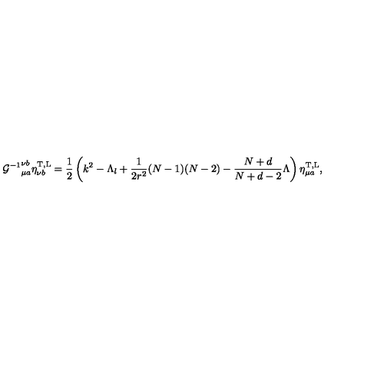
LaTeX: { { \cal G } ^ { - 1 } } _ { \mu a } ^ { \nu b } \eta _ { \nu b } ^ { \mathrm { T , L } } = \frac { 1 } { 2 } \left( k ^ { 2 } - \Lambda _ { l } + \frac { 1 } { 2 r ^ { 2 } } ( N - 1 ) ( N - 2 ) - \frac { N + d } { N + d - 2 } \Lambda \right) \eta _ { \mu a } ^ { \mathrm { T , L } } ,